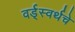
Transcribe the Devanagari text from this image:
वर्ड्‌स्वर्थचे